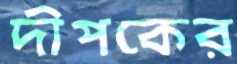
দীপকের